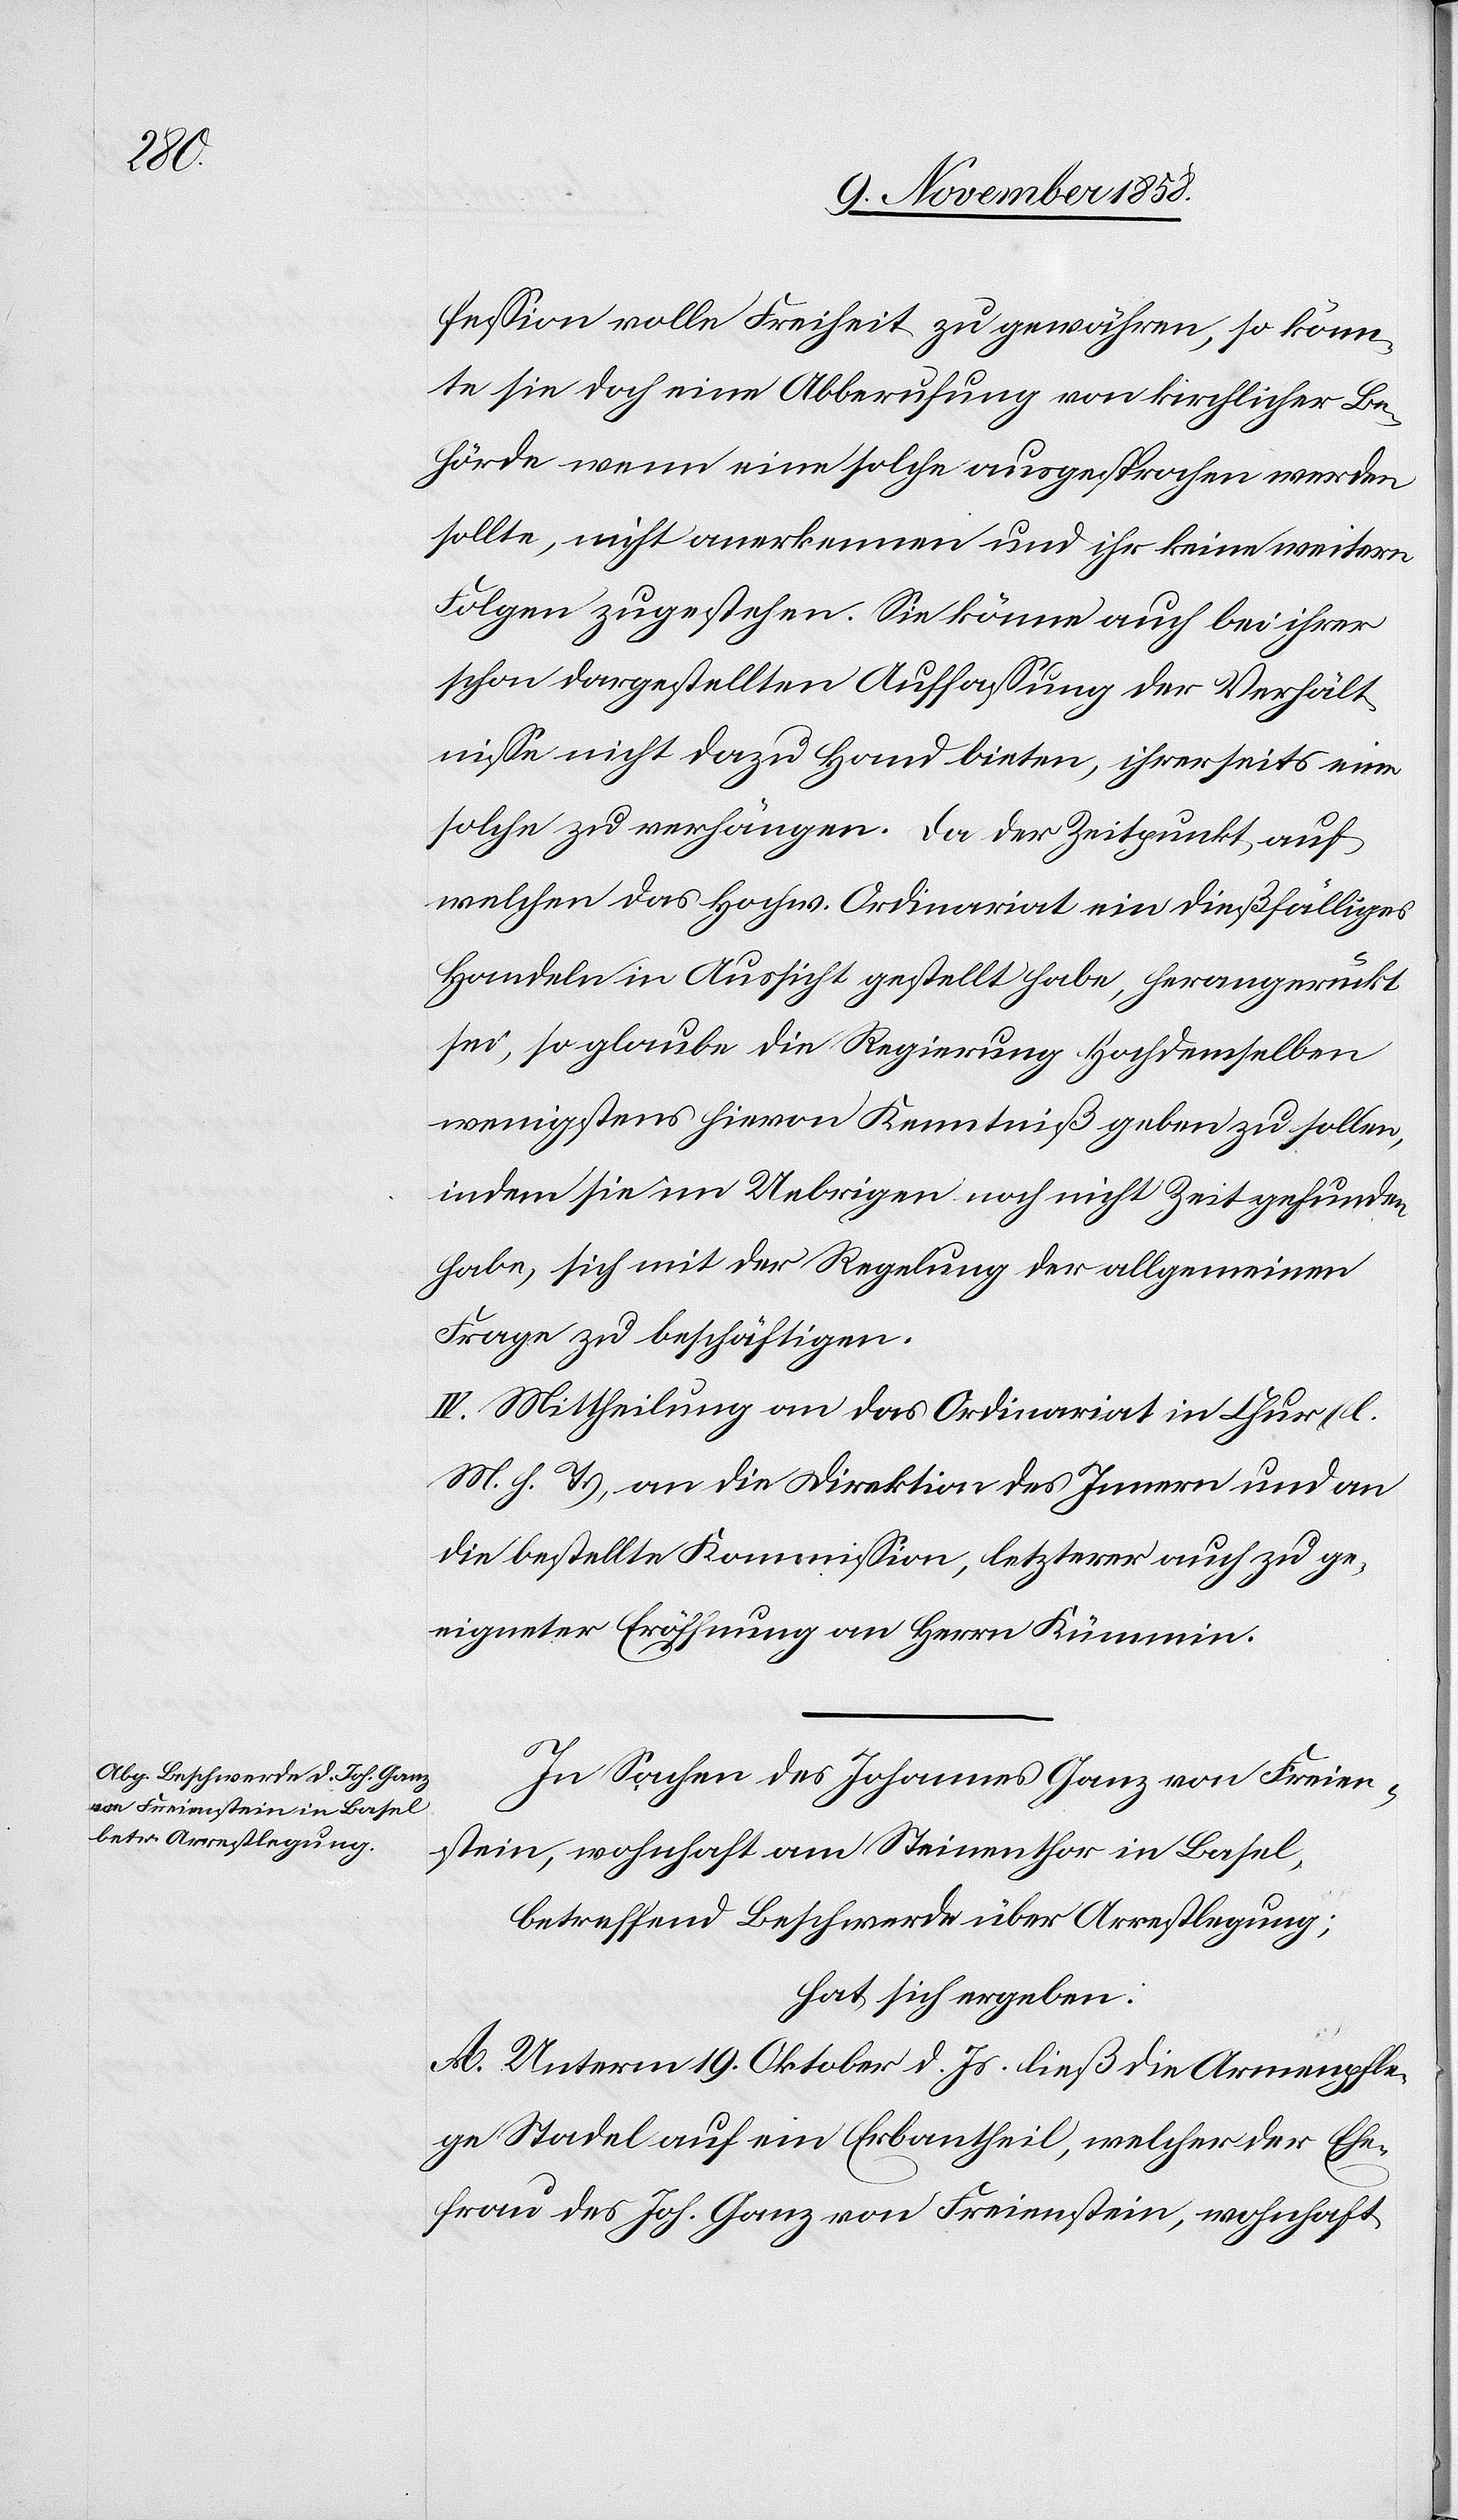
fession volle Freiheit zu gewähren, so könn¬
te sie doch eine Abberufung von kirchlicher Be¬
hörde wenn eine solche ausgesprochen werden
sollte, nicht anerkennen und ihr keine weitern
Folgen zugestehen. Sie könne auch bei ihrer
schon dargestellten Auffassung der Verhält¬
nisse nicht dazu Hand bieten, ihrerseits eine
solche zu verhängen. Da der Zeitpunkt, auf
welchen das Hochw. Ordinariat ein dießfälliges
Handeln in Aussicht gestellt habe, herangerückt
sei, so glaube die Regierung Hochdemselben
wenigstens hievon Kenntniß geben zu sollen,
indem sie im Uebrigen noch nicht Zeit gefunden
habe, sich mit der Regelung der allgemeinen
Frage zu beschäftigen.
IV. Mittheilung an das Ordinariat in Chur (l.
M. h. T.), an die Direktion des Innern und an
die bestellte Kommission, letzterer auch zu ge¬
eigneter Eröffnung an Herrn Kümmin.
In Sachen des Johannes Ganz von Freien¬
stein, wohnhaft am Steinenthor in Basel,
betreffend Beschwerde über Arrestlegung;
hat sich ergeben:
A. Unterm 19. Oktober d. Js. ließ die Armenpfle¬
ge Stadel auf ein Erbantheil, welcher der Ehe¬
frau des Joh. Ganz von Freienstein, wohnhaft